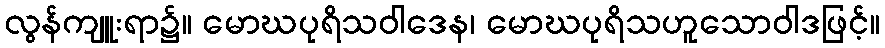
လွန်ကျူးရာ၌။ မောဃပုရိသဝါဒေန၊ မောဃပုရိသဟူသောဝါဒဖြင့်။